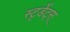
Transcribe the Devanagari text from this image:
स्टृडेंट्स्